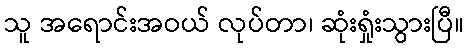
သူ အရောင်းအဝယ် လုပ်တာ၊ ဆုံးရှုံးသွားပြီ။